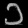
Digit: ၁